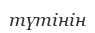
түтінін